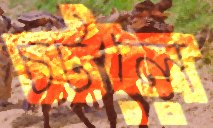
চটলে